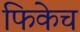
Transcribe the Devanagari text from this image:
फिकेच